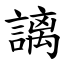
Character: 謧